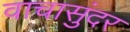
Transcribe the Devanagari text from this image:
वाचासुंदर